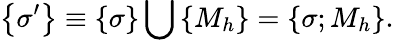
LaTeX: \left\{ \sigma^{\prime}\right\} \equiv\left\{ \sigma\right\} \bigcup\left\{ M_{h}\right\} =\left\{ \sigma;M_{h}\right\} .